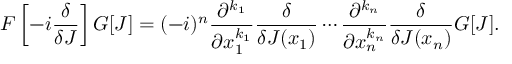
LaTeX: F \left[ - i { \frac { \delta } { \delta J } } \right] G [ J ] = ( - i ) ^ { n } { \frac { \partial ^ { k _ { 1 } } } { \partial x _ { 1 } ^ { k _ { 1 } } } } { \frac { \delta } { \delta J ( x _ { 1 } ) } } \cdots { \frac { \partial ^ { k _ { n } } } { \partial x _ { n } ^ { k _ { n } } } } { \frac { \delta } { \delta J ( x _ { n } ) } } G [ J ] .